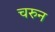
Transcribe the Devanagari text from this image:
चरुन